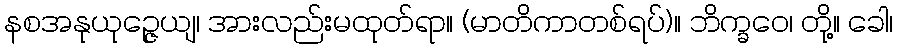
နစအနုယုဉ္ဇေယျ၊ အားလည်းမထုတ်ရာ။ (မာတိကာတစ်ရပ်)။ ဘိက္ခဝေ၊ တို့။ ခေါ၊